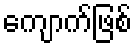
ကျောက်ဖြစ်